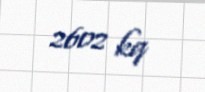
2602 kq